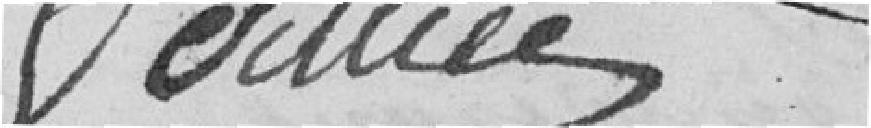
VERNIER